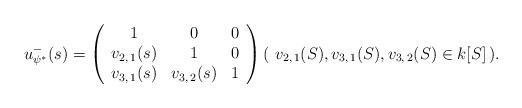
LaTeX: \begin{align*} u^-_{\psi^*}(s) = \left(\begin{array}{c c c} 1 & 0 & 0 \\ v_{2, \, 1}(s) & 1 & 0 \\ v_{3, \, 1}(s) & v_{3, \, 2}(s) & 1 \end{array}\right) (\ v_{2, \, 1}(S), v_{3, \, 1}(S) , v_{3, \, 2}(S) \in k[S] \,) . \end{align*}